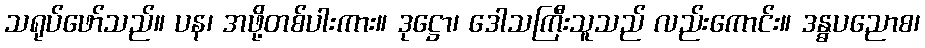
သရုပ်ဖော်သည်။ ပန၊ အဖို့တစ်ပါးကား။ ဒုဋ္ဌော၊ ဒေါသကြီးသူသည် လည်းကောင်း။ ဒန္ဓပညောစ၊